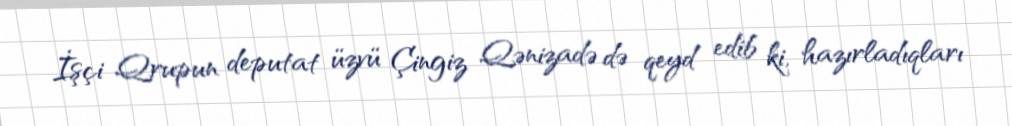
İşçi Qrupun deputat üzvü Çingiz Qənizadə də qeyd edib ki, hazırladıqları